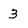
Character: 3